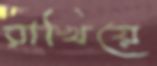
রাখিয়ে